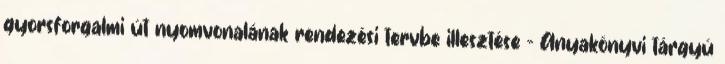
gyorsforgalmi út nyomvonalának rendezési tervbe illesztése - Anyakönyvi tárgyú